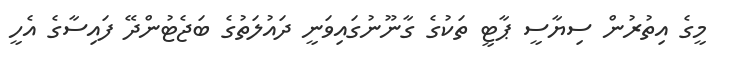
މީގެ އިތުރުން ސިޔާސީ ޕާޓީ ތަކުގެ ގާނޫނުގައިވަނީ ދައުލަތުގެ ބަޖެޓުންދޭ ފައިސާގެ އެހީ